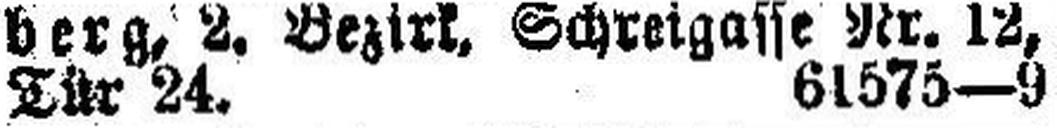
Tür 24. 61575—9